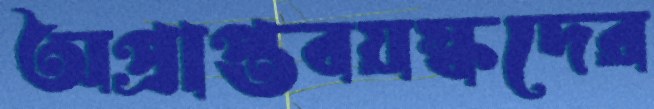
অপ্রাপ্তবয়স্কদের